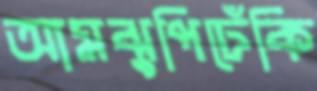
আমঝুপিঢেঁকি